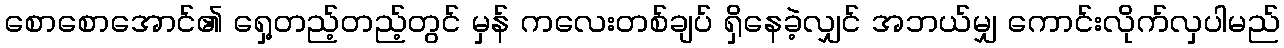
စောစောအောင်၏ ရှေ့တည့်တည့်တွင် မှန် ကလေးတစ်ချပ် ရှိနေခဲ့လျှင် အဘယ်မျှ ကောင်းလိုက်လှပါမည်